Report of an investigation into the causes of the diseases known in Assam as Kála-Azár and Beri-Beri
Disease focus: Beri-Beri
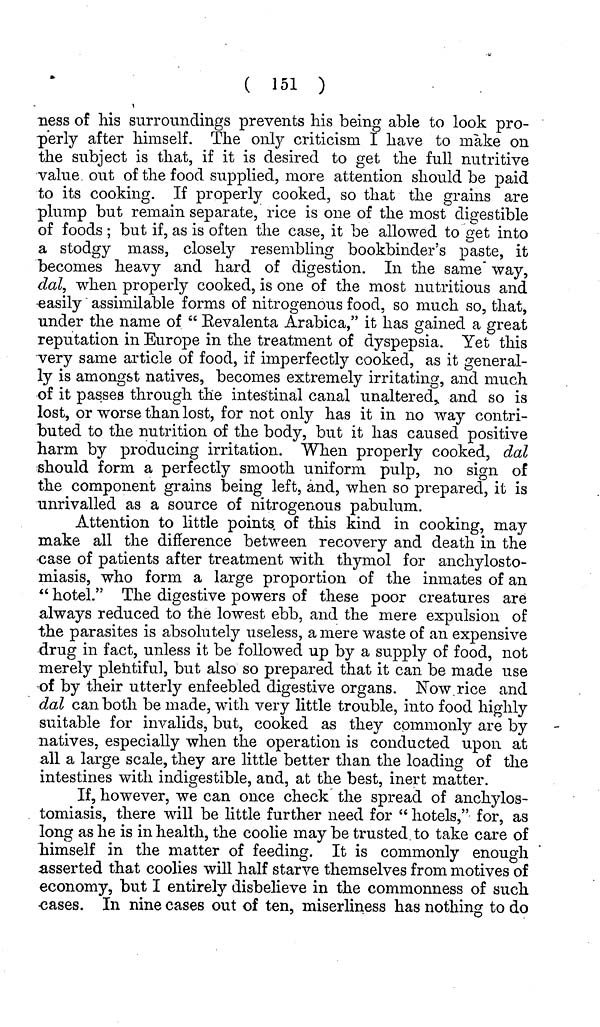
( 151 )
ness of his surroundings prevents his being able to look pro-
perly after himself. The only criticism I have to make on
the subject is that, if it is desired to get the full nutritive
value out of the food supplied, more attention should be paid
to its cooking. If properly cooked, so that the grains are
plump but remain separate, rice is one of the most digestible
of foods; but if, as is often the case, it be allowed to get into
a stodgy mass, closely resembling bookbinder's paste, it
becomes heavy and hard of digestion. In the same way,
dal, when properly cooked, is one of the most nutritious and
easily assimilable forms of nitrogenous food, so much so, that,
under the name of " Eevalenta Arabica," it has gained a great
reputation in Europe in the treatment of dyspepsia. Yet this
very same article of food, if imperfectly cooked, as it general-
ly is amongst natives, becomes extremely irritating, and much
of it passes through the intestinal canal unaltered,, and so is
lost, or worse than lost, for not only has it in no way contri-
buted to the nutrition of the body, but it has caused positive
harm by producing irritation. When properly cooked, dal
should form a perfectly smooth uniform pulp, no sign of
the component grains being left, and, when so prepared, it is
unrivalled as a source of nitrogenous pabulum.
Attention to little points of this kind in cooking, may
make all the difference between recovery and death in the
case of patients after treatment with thymol for anchylosto-
miasis, who form a large proportion of the inmates of an
" hotel." The digestive powers of these poor creatures are
always reduced to the lowest ebb, and the mere expulsion of
the parasites is absolutely useless, a mere waste of an expensive
drug in fact, unless it be followed up by a supply of food, not
merely plentiful, but also so prepared that it can be made use
of by their utterly enfeebled digestive organs. Now rice and
dal can both be made, with very little trouble, into food highly
suitable for invalids, but, cooked as they commonly are by
natives, especially when the operation is conducted upon at
all a large scale, they are little better than the loading of the
intestines with indigestible, and, at the best, inert matter.
If, however, we can once check the spread of anchylos-
tomiasis, there will be little further need for " hotels," for, as
long as he is in health, the coolie may be trusted to take care of
himself in the matter of feeding. It is commonly enough
asserted that coolies will half starve themselves from motives of
economy, but I entirely disbelieve in the commonness of such
cases. In nine cases out of ten, miserliness has nothing to do